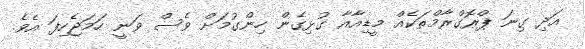
އަދި ގިނަ ޕްރޮގްރާމްތަކެއް މީޑިއާއާ ގުޅިގެން ހިންގުމަށް ވެސް ވަނީ ހަމަޖެހިފަ އެވެ.